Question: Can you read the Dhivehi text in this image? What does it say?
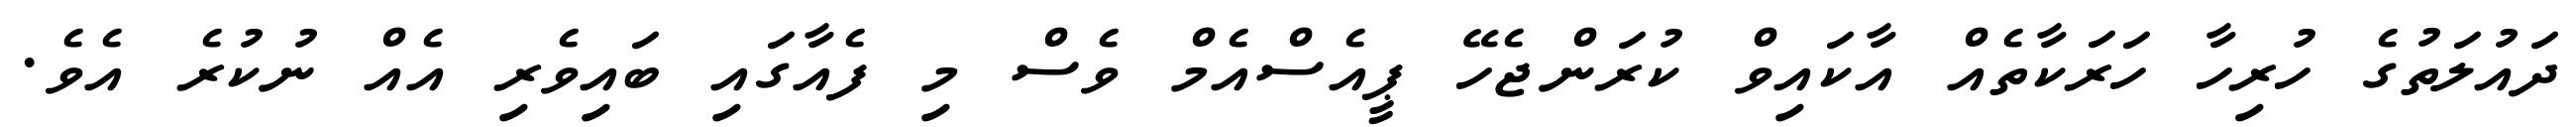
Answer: ދައުލަތުގެ ހުރިހާ ހަރަކާތެއް އާކައިވް ކުރަންޖެހޭ ޕީއެސްއެމް ވެސް މި ފެއާގައި ބައިވެރި އެއް ނުކުރެ އެވެ.